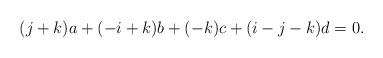
LaTeX: \begin{align*} (j+k)a + (-i+k)b + (-k)c + (i-j-k)d = 0.\end{align*}